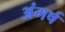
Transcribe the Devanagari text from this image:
अंमर्ष